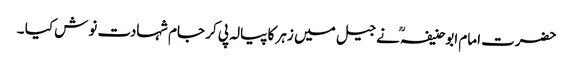
حضرت امام ابوحنیفہؒ نے جیل میں زہر کا پیالہ پی کر جام شہادت نوش کیا ۔